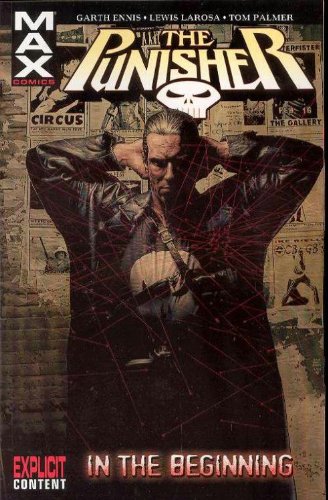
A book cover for Punisher MAX Vol. 1: In the Beginning; Garth Ennis; Comics & Graphic Novels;